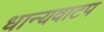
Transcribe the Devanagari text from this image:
धान्यवाटप